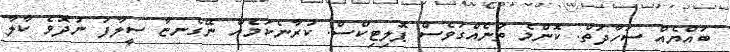
ބައްޔެއް ސަހާދަތް. ކޮންމެ ތަނެއްގަވެސް ޕޮލިޓިކްސް. ކުރާނެކަމެއް ނޭގެނޏާ ސީލާފަ ނުދޮވެ ކާލާ